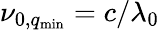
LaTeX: \nu_{0,q_{\mathrm{min}}}=c/{\lambda_{0}}